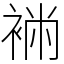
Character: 䘷